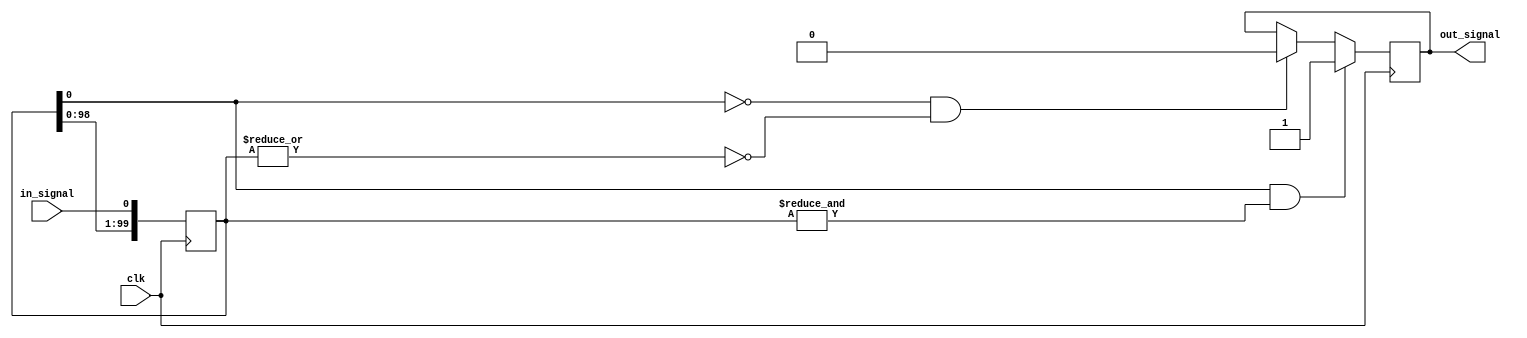
// https://github.com/CospanDesign/nysa-sata/blob/master/rtl/generic/debounce.v
// MIT Licensed
module debouncer #(
  parameter INITIAL_STATE     = 0,
  parameter DEBOUNCE_COUNT    = 100
)(
  input         clk,
  input         in_signal,
  output  reg   out_signal
);

reg [DEBOUNCE_COUNT - 1: 0] debounce;

initial begin
  out_signal    <=  INITIAL_STATE;
  debounce      <=  INITIAL_STATE;
end
always @ (posedge clk) begin

  debounce  <= {debounce[(DEBOUNCE_COUNT - 2) : 0], in_signal};

  if (debounce[0] == 1 && (& debounce)) begin
    out_signal         <=  1;
  end
  else if ((debounce[0] == 0) && (~| debounce)) begin
    out_signal         <=  0;
  end
end

endmodule